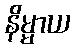
နိမ္မာယ